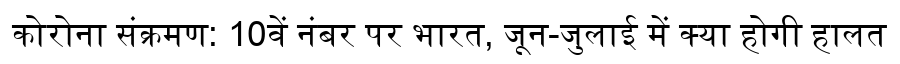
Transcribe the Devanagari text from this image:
कोरोना संक्रमण: 10वें नंबर पर भारत, जून-जुलाई में क्या होगी हालत